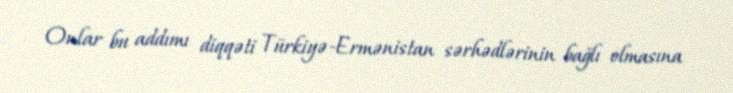
Onlar bu addımı diqqəti Türkiyə-Ermənistan sərhədlərinin bağlı olmasına